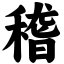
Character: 稽